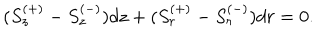
LaTeX: ( S _ { z } ^ { ( + ) } - S _ { z } ^ { ( - ) } ) d z + ( S _ { r } ^ { ( + ) } - S _ { r } ^ { ( - ) } ) d r = 0 .